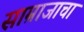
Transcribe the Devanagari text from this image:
साम्राजाचा